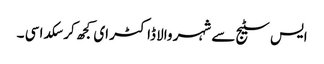
ایس سٹیج سے شہر والا ڈاکٹر ای کجھ کر سکدا سی ۔